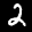
Label: 2